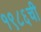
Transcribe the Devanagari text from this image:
१९८६ची